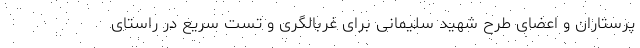
پرستاران و اعضای طرح شهید سلیمانی برای غربالگری و تست سریع در راستای